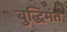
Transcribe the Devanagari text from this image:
बुद्धिमंत